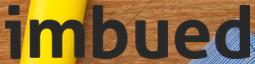
imbued